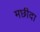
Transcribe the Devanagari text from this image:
मछीदा